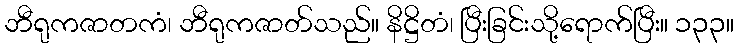
ဘီရုကဇာတကံ၊ ဘီရုကဇာတ်သည်။ နိဋ္ဌိတံ၊ ပြီးခြင်းသို့ရောက်ပြီး။ ၁၃၃။